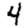
Digit: 4